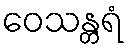
ဝေသန္တရံ